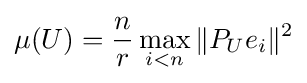
\mu (U)={\frac {n}{r}}\max _{i<n}\|P_{U}e_{i}\|^{2}